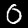
Label: 0